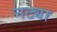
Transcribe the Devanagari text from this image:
नट्या